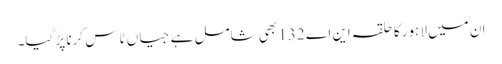
ان میں لاہور کا حلقہ این اے 132 بھی شامل ہے جیاں ٹاس کرنا پڑ گیا۔